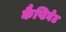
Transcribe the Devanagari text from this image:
कैप्टिवेट